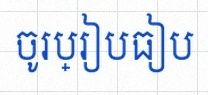
ចូរប្រៀបធៀប